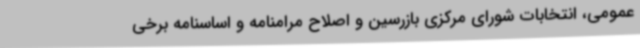
عمومی، انتخابات شورای مرکزی بازرسین و اصلاح مرامنامه و اساسنامه برخی